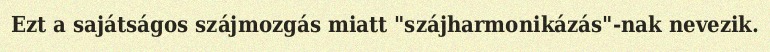
Ezt a sajátságos szájmozgás miatt "szájharmonikázás"-nak nevezik.